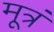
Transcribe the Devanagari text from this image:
मूत्रं